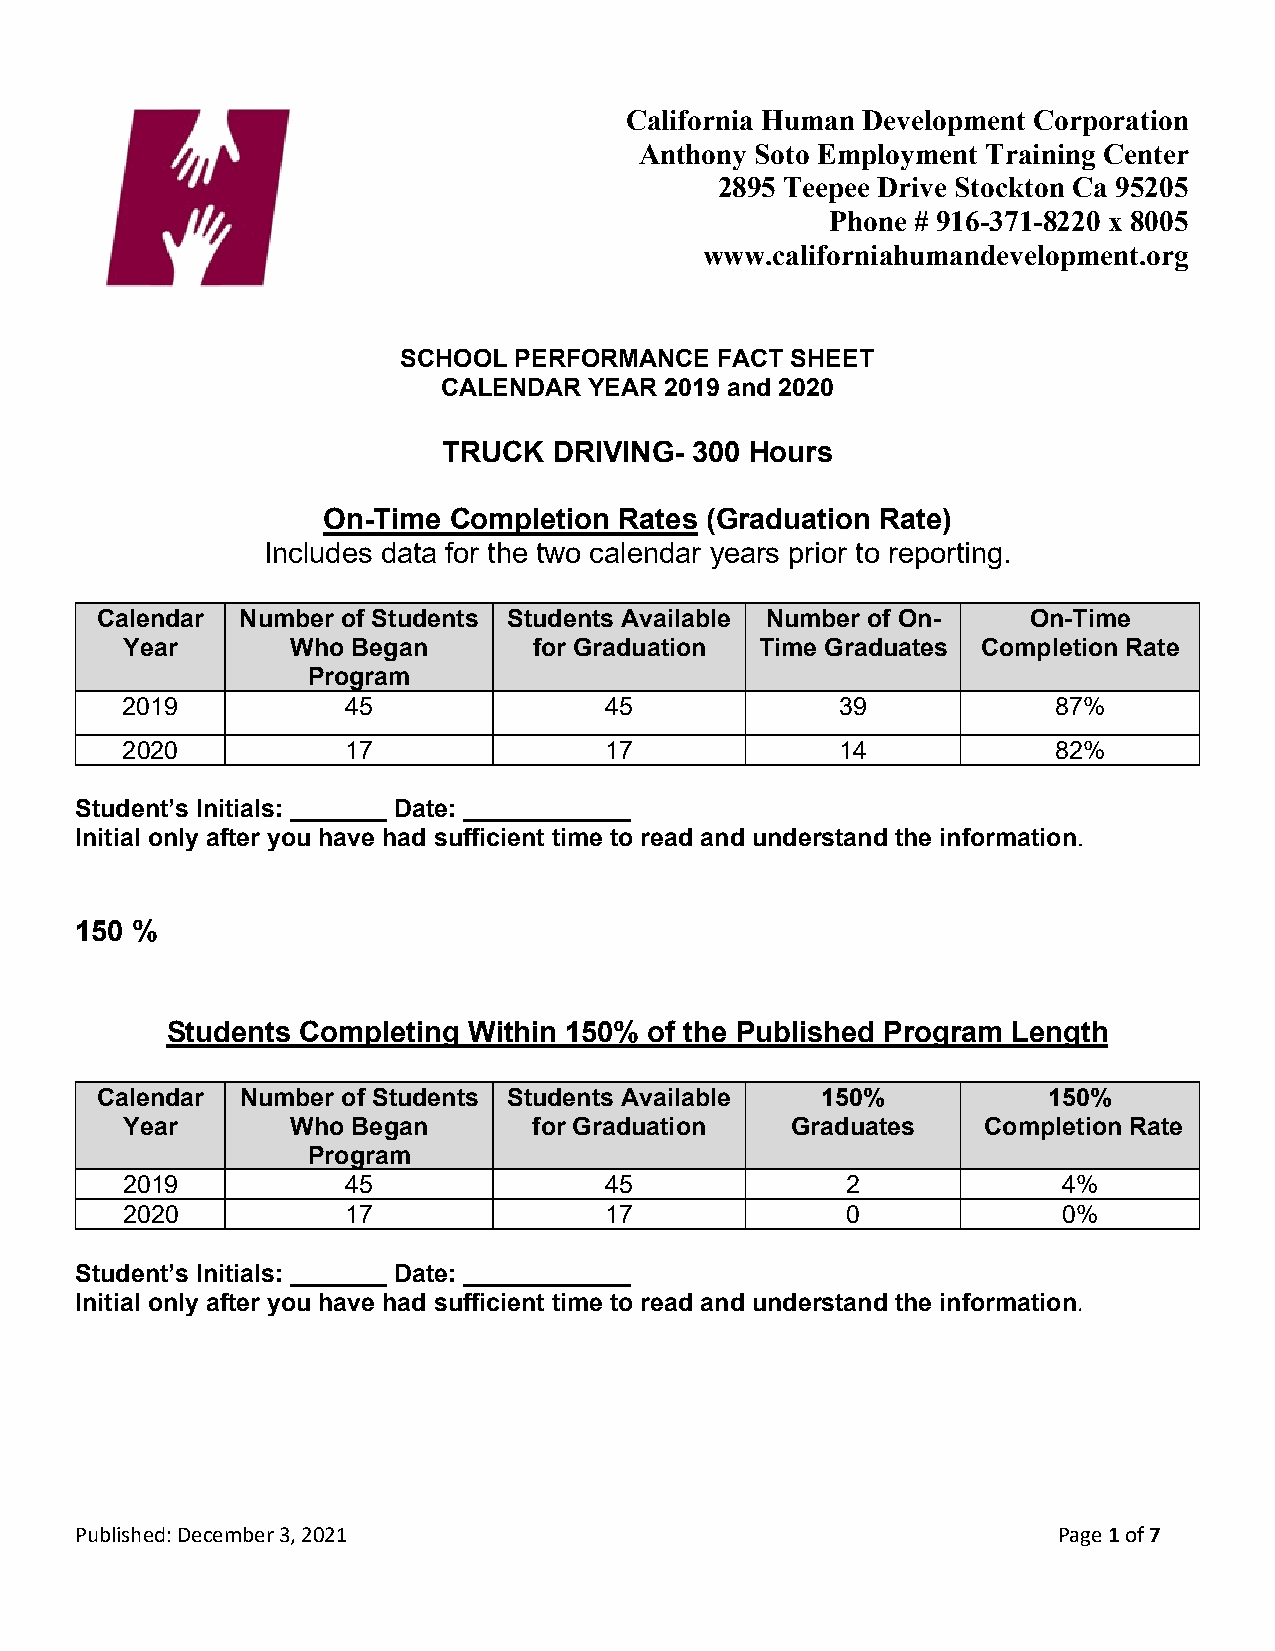
California Human Development Corporation
 Anthony Soto Employment Training Center
 2895 Teepee Drive Stockton Ca 95205
 Phone # 916-371-8220 x 8005
 www.californiahumandevelopment.org
 SCHOOL PERFORMANCE  FACT SHEET
 CALENDAR  YEAR 2019 and 2020
 TRUCK   DRIVING- 300 Hours
 On-Time  Completion Rates (Graduation Rate)
 Includes data for the two calendar years prior to reporting.
 Calendar  Number of Students Students Available Number of On- On-Time
 Year       Who Began       for Graduation Time Graduates Completion Rate
 Program
 2019           45               45              39            87%
 2020           17               17              14            82%
 Student’s Initials: _______ Date: ____________
 Initial only after you have had sufficient time to read and understand the information.
 150 %
 Students Completing Within 150% of the Published Program Length
 Calendar  Number of Students Students Available 150%           150%
 Year       Who Began       for Graduation   Graduates    Completion Rate
 Program
 2019           45               45              2             4%
 2020           17               17              0             0%
 Student’s Initials: _______ Date: ____________
 Initial only after you have had sufficient time to read and understand the information.
 Published: December 3, 2021                                      Page 1 of 7